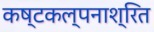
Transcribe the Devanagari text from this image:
कष्टकल्पनाश्रित